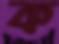
ক